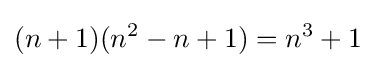
(n+1)(n^{2}-n+1)=n^{3}+1